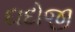
દાદોજી